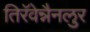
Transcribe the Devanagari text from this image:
तिरॅवेन्नैनलुर